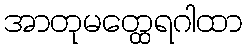
အာတုမတ္ထေရဂါထာ